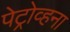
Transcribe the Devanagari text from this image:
पेट्रोव्हना